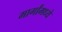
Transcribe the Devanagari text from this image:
मार्गांमध्ये